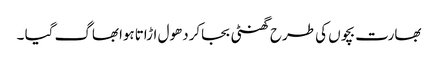
بھارت بچوں کی طرح گھنٹی بجاکردھول اڑاتاہوابھاگ گیا ۔